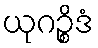
ယုဂဉ္စိဒံ